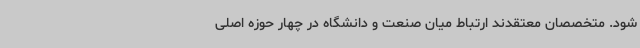
شود. متخصصان معتقدند ارتباط میان صنعت و دانشگاه در چهار حوزه اصلی